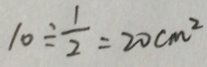
1 0 \div \frac { 1 } { 2 } = 2 0 c m ^ { 2 }